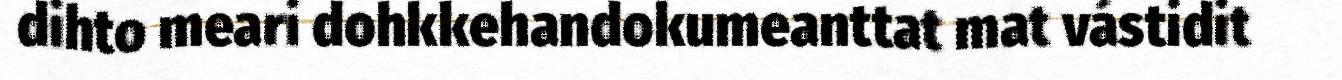
dihto meari dohkkehandokumeanttat mat vástidit